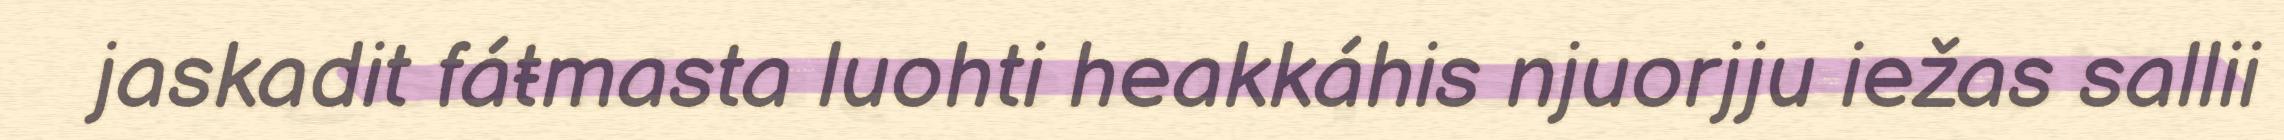
jaskadit fáŧmasta luohti heakkáhis njuorjju iežas sallii